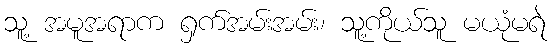
သူ့ အမူအရာက ရှက်အမ်းအမ်း၊ သူ့ကိုယ်သူ မယုံမရဲ